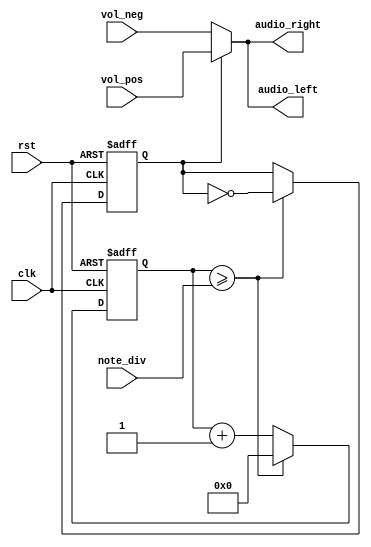
`timescale 1ns / 1ps
//////////////////////////////////////////////////////////////////////////////////
// Company: 
// Engineer: 
// 
// Design Name: 
// Module Name: buzzer_ctl
// Project Name: 
// Target Devices: 
// Tool Versions: 
// Description: 
// 
// Dependencies: 
// 
// Revision:
// Revision 0.01 - File Created
// Additional Comments:
// 
//////////////////////////////////////////////////////////////////////////////////


module buzzer_ctl(
    input clk,
    input rst,
    input [21:0]note_div,  // divisor
    input [15:0]vol_pos,   // volumn max
    input [15:0]vol_neg,   // volumn min
    output reg [15:0]audio_left,
    output reg [15:0]audio_right
    );    
    reg [21:0]clk_cnt;
    reg [21:0]cnt_next;
    reg ampli_next;
    reg ampli;      // amplitude
    
    always @*      // divide divisor
        if (clk_cnt >= note_div) begin
            cnt_next = 22'd0;
            ampli_next = ~ampli;
        end
        else begin
            cnt_next = clk_cnt + 22'd1;
            ampli_next = ampli;
        end
    
    always @(posedge clk or posedge rst)
        if (rst) clk_cnt = 22'd0;
        else clk_cnt <= cnt_next;
        
    
    always @(posedge clk or posedge rst)
        if (rst) ampli <= 1'd0;
        else ampli <= ampli_next;
    
    always @*
        if (ampli) begin  // max
            audio_right = vol_pos;
            audio_left = vol_pos;
        end
        else begin    //min
            audio_right = vol_neg;
            audio_left = vol_neg;
        end

endmodule